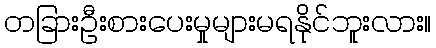
တခြားဦးစားပေးမှုများမရနိုင်ဘူးလား။